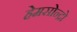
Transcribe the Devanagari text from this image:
हेमसोन्द्रो